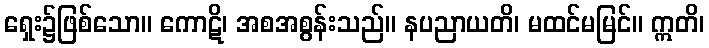
ရှေး၌ဖြစ်သော။ ကောဋိ၊ အစအစွန်းသည်။ နပညာယတိ၊ မထင်မမြင်။ ဣတိ၊